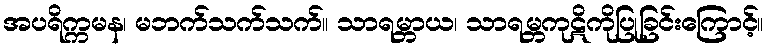
အပရိက္ကမန၊ မဘက်သက်သက်။ သာရမ္ဘာယ၊ သာရမ္ဘကုဋိကိုပြုခြင်းကြောင့်။